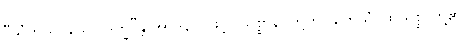
“သံကိလေသော ဒုက္ခ”န္တိ အာဒိနာ၊ ဖြင့်။ သစ္စာနိ၊ တို့ကို။ တေသံ၊ ထိုသစ္စာတို့၏။